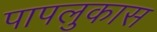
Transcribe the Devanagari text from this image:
पापलुकास